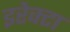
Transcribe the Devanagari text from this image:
इरेक्टा